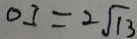
O I = 2 \sqrt { 1 3 }